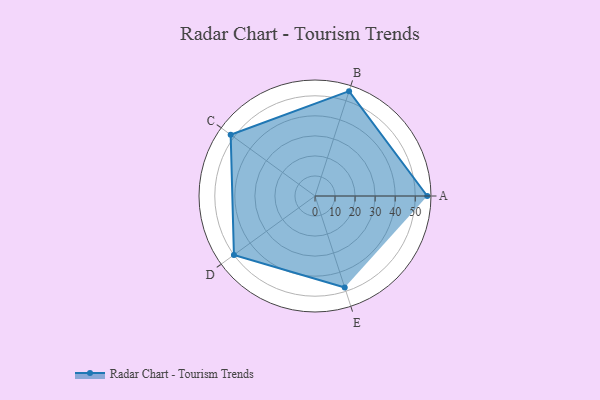
{"axis": {"x": "Skill", "y": "Score"}, "legend": ["Profile"], "data": [{"x": "A", "y": 56.0, "type": "Profile"}, {"x": "B", "y": 55.0, "type": "Profile"}, {"x": "C", "y": 52.0, "type": "Profile"}, {"x": "D", "y": 50.0, "type": "Profile"}, {"x": "E", "y": 48.0, "type": "Profile"}]}